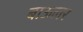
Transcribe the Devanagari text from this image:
बाऊलर